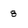
Character: 8